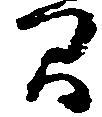
間